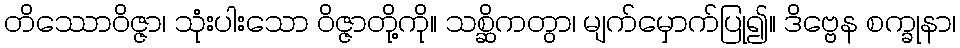
တိဿောဝိဇ္ဇာ၊ သုံးပါးသော ဝိဇ္ဇာတို့ကို။ သစ္ဆိကတွာ၊ မျက်မှောက်ပြု၍။ ဒိဗ္ဗေန စက္ခုနာ၊